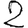
Digit: 2